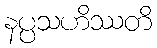
နပ္ပသဟိဿတိ